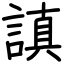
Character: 謓